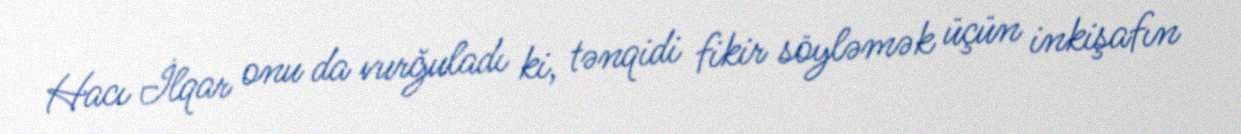
Hacı İlqar onu da vurğuladı ki, tənqidi fikir söyləmək üçün inkişafın